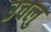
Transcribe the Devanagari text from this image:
उचलु